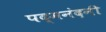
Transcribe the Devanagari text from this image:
पद्मनंदनी